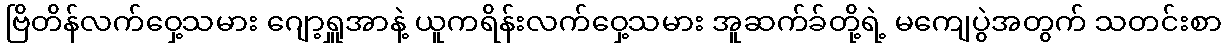
ဗြိတိန်လက်ဝှေ့သမား ဂျော့ရှူအာနဲ့ ယူကရိန်းလက်ဝှေ့သမား အူဆက်ခ်တို့ရဲ့ မကျေပွဲအတွက် သတင်းစာ